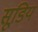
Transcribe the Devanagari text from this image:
सूडिय